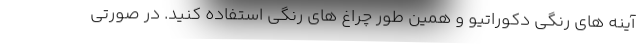
آینه های رنگی دکوراتیو و همین طور چراغ های رنگی استفاده کنید. در صورتی